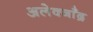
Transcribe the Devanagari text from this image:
अलेक्जाँद्र